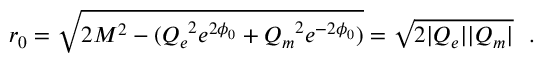
r _ { 0 } = \sqrt { 2 M ^ { 2 } - ( { Q _ { e } } ^ { 2 } e ^ { 2 \phi _ { 0 } } + { Q _ { m } } ^ { 2 } e ^ { - 2 \phi _ { 0 } } ) } = \sqrt { 2 | Q _ { e } | | Q _ { m } | } ~ ~ .